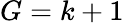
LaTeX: G=k+1